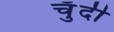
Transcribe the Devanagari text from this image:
चुँदी